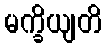
မက္ခိယျတိ